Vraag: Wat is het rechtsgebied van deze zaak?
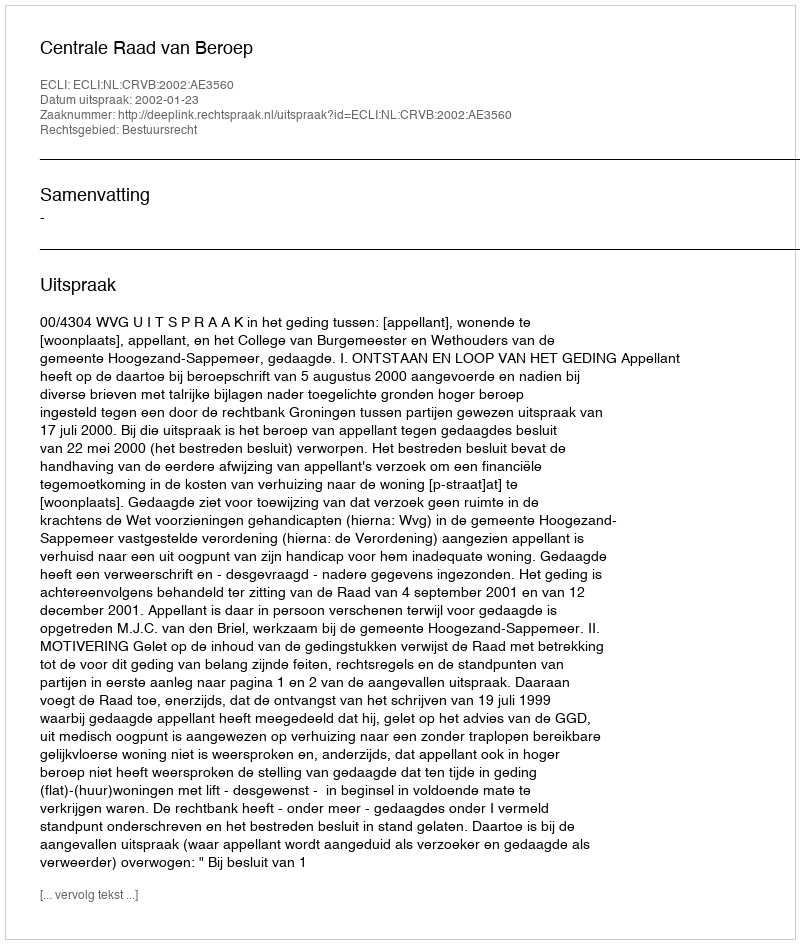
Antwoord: Bestuursrecht